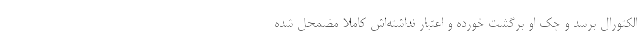
الکتورال برسد و چک او برگشت خورده و اعتبار نداشته‌اش کاملا مضمحل شده